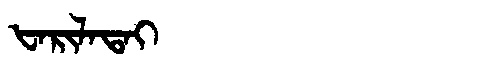
Manchu: ᡶᠠᡵᡳᠯᠠᡨᠠᡳ
Romanization: FARILATAI